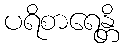
ပရိစာရေန္တိ